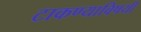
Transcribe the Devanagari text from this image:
टाकण्याविषयीं